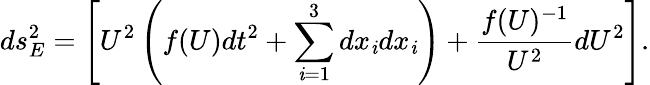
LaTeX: ds_{E}^{2}=\left[U^{2}\left(f(U)dt^{2}+\sum_{\mathit{i}=1}^{3}dx_{\mathit{i}}dx_{\mathit{i}}\right)+\frac{{f(U)^{-1}}}{{U^{2}}}dU^{2}\right].